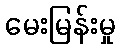
မေးမြန်းမှု